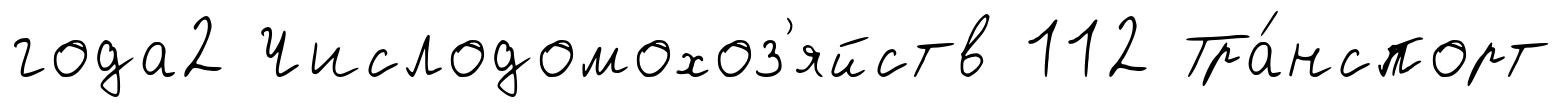
года2 Числодомохоз'яйств 112 Тра́нспорт